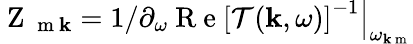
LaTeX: \mathrm{~Z~}_{\mathrm{~m~}\mathbf{k}}=1/\left.\partial_{\omega}\mathrm{~R~e~}\left[\mathcal{T}(\mathbf{k},\omega)\right]^{-1}\right|_{\omega_{\mathbf{k}\mathrm{~m~}}}